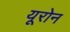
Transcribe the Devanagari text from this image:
यूरोन